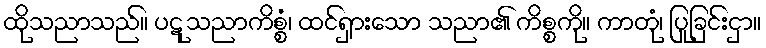
ထိုသညာသည်။ ပဋုသညာကိစ္စံ၊ ထင်ရှားသော သညာ၏ ကိစ္စကို။ ကာတုံ၊ ပြုခြင်းငှာ။